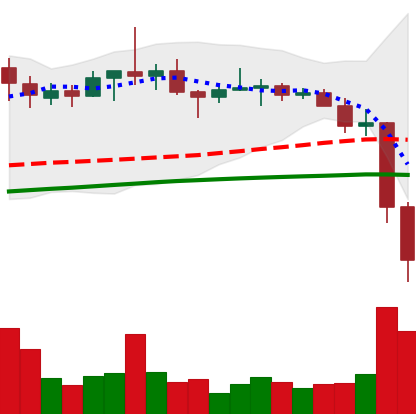
Ticker: TRX-USD
Chart end date: 2022-06-14
Forward return: 10.234%
Label: up_7plus